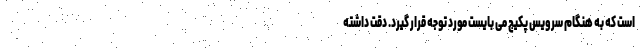
است که به هنگام سرویس پکیج می بایست مورد توجه قرار گیرد. دقت داشته